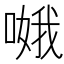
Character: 𠹷